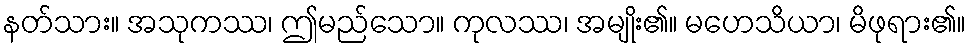
နတ်သား။ အသုကဿ၊ ဤမည်သော။ ကုလဿ၊ အမျိုး၏။ မဟေသိယာ၊ မိဖုရား၏။